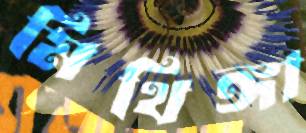
মিথিঙ্গা